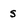
Character: S